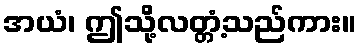
အယံ၊ ဤသို့လတ္တံ့သည်ကား။